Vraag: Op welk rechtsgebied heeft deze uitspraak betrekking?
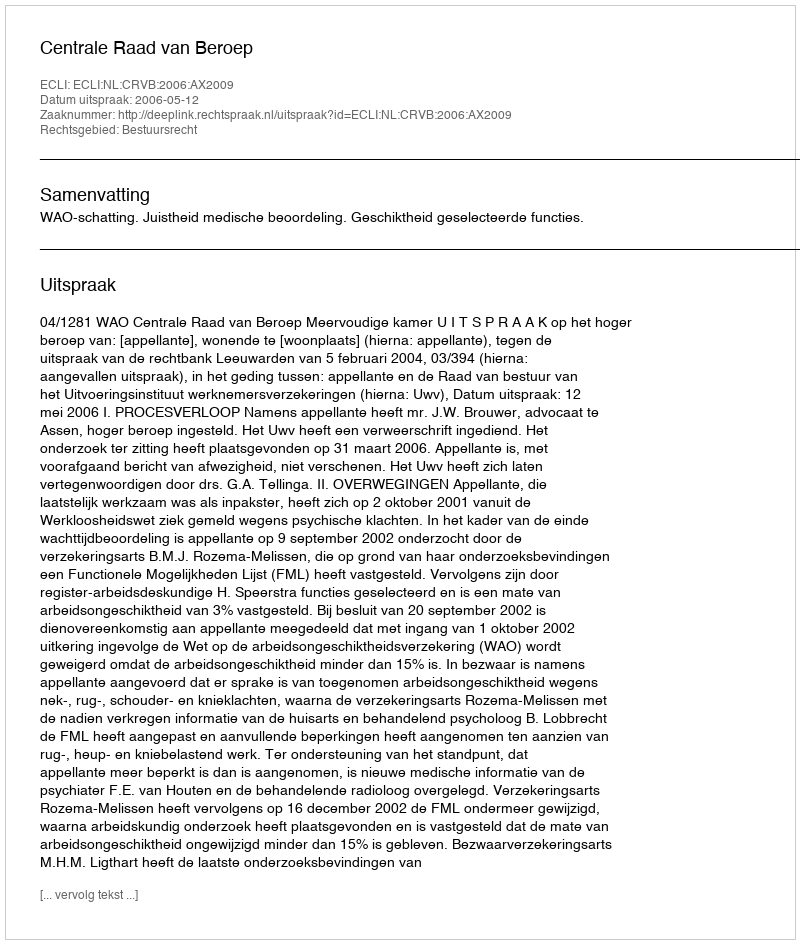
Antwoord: Bestuursrecht